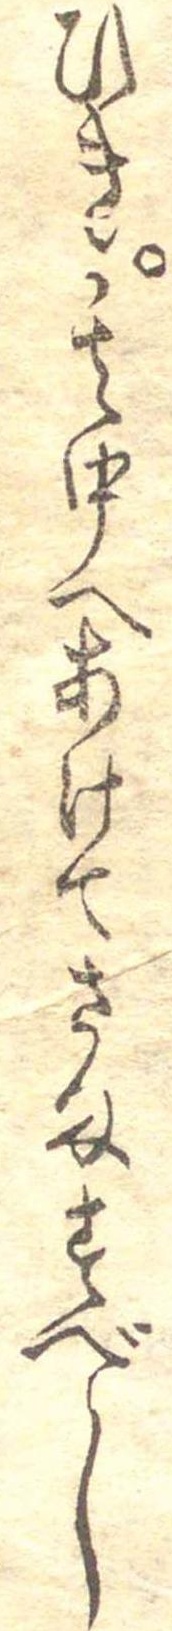
ひき其中へあけてさますべし